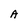
Character: A